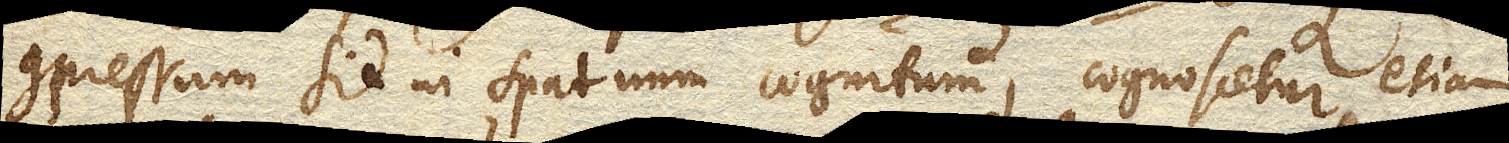
compressum sit in spatium cognitum, cognoscetur etiam